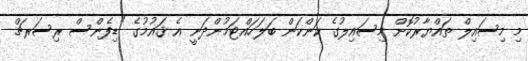
މި މިސައިލް ތައްޔާރުކޮށް މިސައިލުގެ ކަންކަން ބަލަހައްޓަމުންދަނީ އެ ޤައުމުގެ "ޑިފެންސް ރިސަރޗް